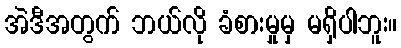
အဲဒီအတွက် ဘယ်လို ခံစားမှုမှ မရှိပါဘူး။